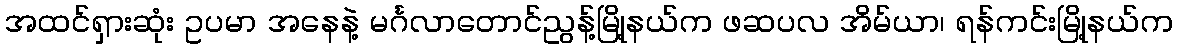
အထင်ရှားဆုံး ဥပမာ အနေနဲ့ မင်္ဂလာတောင်ညွန့်မြို့နယ်က ဖဆပလ အိမ်ယာ၊ ရန်ကင်းမြို့နယ်က